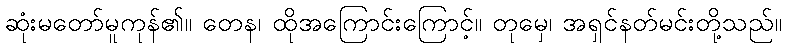
ဆုံးမတော်မူကုန်၏။ တေန၊ ထိုအကြောင်းကြောင့်။ တုမှေ၊ အရှင်နတ်မင်းတို့သည်။